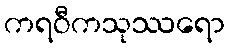
ကရဝီကသုဿရော